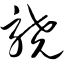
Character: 骁